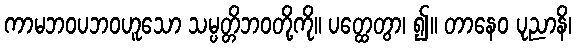
ကာမဘဝပဘဝဟူသော သမ္ပတ္တိဘဝတို့ကို။ ပတ္ထေတွာ၊ ၍။ တာနေဝ ပုညာနိ၊